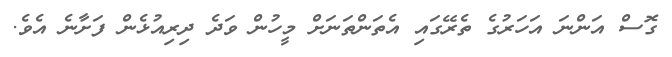
ގޮސް އަންނަ އަހަރުގެ ތެރޭގައި އެތަންތަނަށް މީހުން ވަދެ ދިރިއުޅެން ފަށާނެ އެވެ.